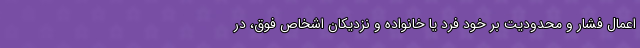
اعمال فشار و محدودیت بر خود فرد یا خانواده و نزدیکان اشخاص فوق، در